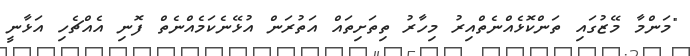
"މަންމާ މޭޒުގައި ތަންކޮޅެއްނެތްއިރު މިހާރު ތިތަށިތައް އަތުރަން އުޅޭނެކަމެއްނެތް ފޮނި އެއްޗެހި އަޅާނީ